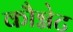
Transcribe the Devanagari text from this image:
कौग्नेट